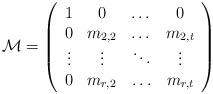
LaTeX: \begin{align*} \mathcal M = \left(\begin{array}{cccc} 1 & 0 & \dots & 0 \\ 0 & m_{2,2} & \dots & m_{2,t} \\ \vdots & \vdots & \ddots & \vdots \\ 0 & m_{r,2} & \hdots & m_{r,t}\end{array}\right)\end{align*}